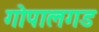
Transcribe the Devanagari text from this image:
गोपालगड